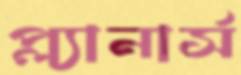
প্ল্যানার্স